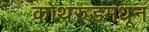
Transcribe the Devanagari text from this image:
कोथरुडमधून